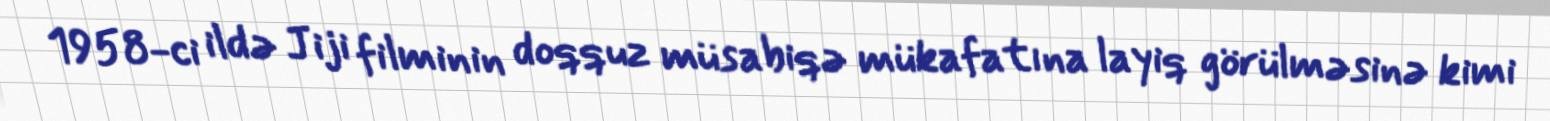
1958-ci ildə Jiji filminin doqquz müsabiqə mükafatına layiq görülməsinə kimi